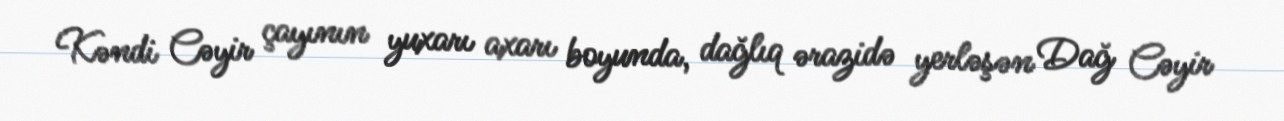
Kəndi Cəyir çayının yuxarı axarı boyunda, dağlıq ərazidə yerləşən Dağ Cəyir